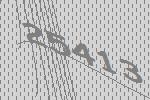
25413